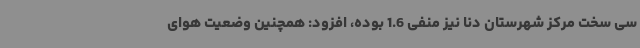
سی سخت مرکز شهرستان دنا نیز منفی 1.6 بوده، افزود: همچنین وضعیت هوای